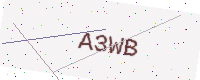
Text: A3WB